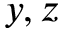
y , z